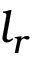
l _ { r }